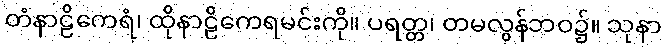
တံနာဠိကေရံ၊ ထိုနာဠိကေရမင်းကို။ ပရတ္တ၊ တမလွန်ဘဝ၌။ သုနာ